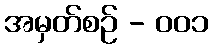
အမှတ်စဥ် - ၀၀၁